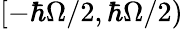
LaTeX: [-\hbar\Omega/2,\hbar\Omega/2)